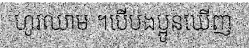
ហូរឈាម ។បើបងប្អូនឃើញ